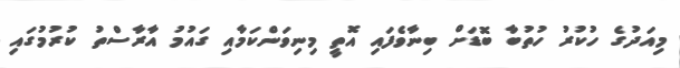
މިއަދުގެ ހުކުރު ހުތުބާ ބޮޑަށް ބިނާވެފައި އޮތީ މިނިވަންކަމާއި ގައުމު އާރާސްތު ކުރުމުގައި